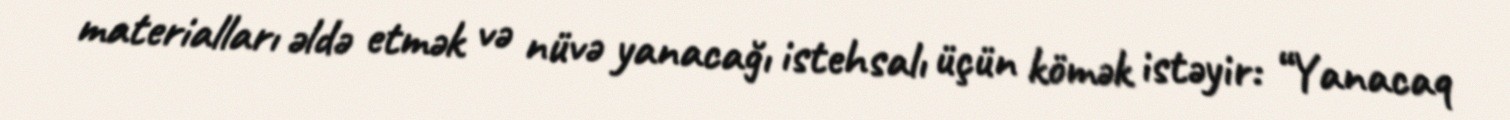
materialları əldə etmək və nüvə yanacağı istehsalı üçün kömək istəyir: “Yanacaq